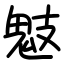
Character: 鬾